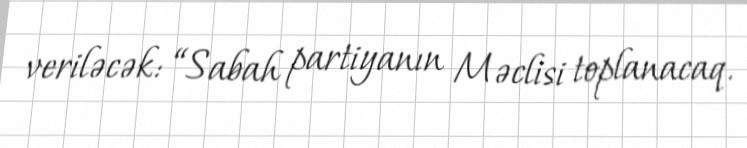
veriləcək: “Sabah partiyanın Məclisi toplanacaq.